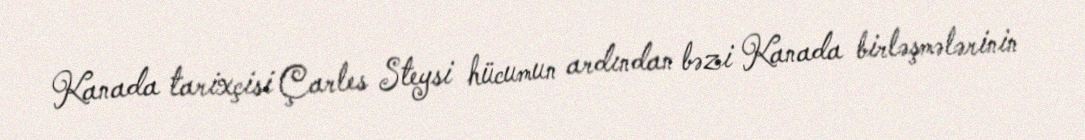
Kanada tarixçisi Çarles Steysi hücumun ardından bəzi Kanada birləşmələrinin